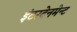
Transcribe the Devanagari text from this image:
इंटरटेनमेन्ट